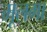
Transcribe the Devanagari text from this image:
मूलगा